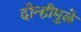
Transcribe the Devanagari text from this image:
दोन्हीमुळे